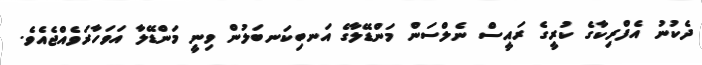
ދެކުނު އެފްރިކާގެ ކުރީގެ ރައީސް ނެލްސަން މަންޑޭލާގެ އަނބިކަނބަލުން ވިނީ މަންޑޭލާ އަވަހާރަވެއްޖެއެވެ.